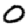
Digit: 0